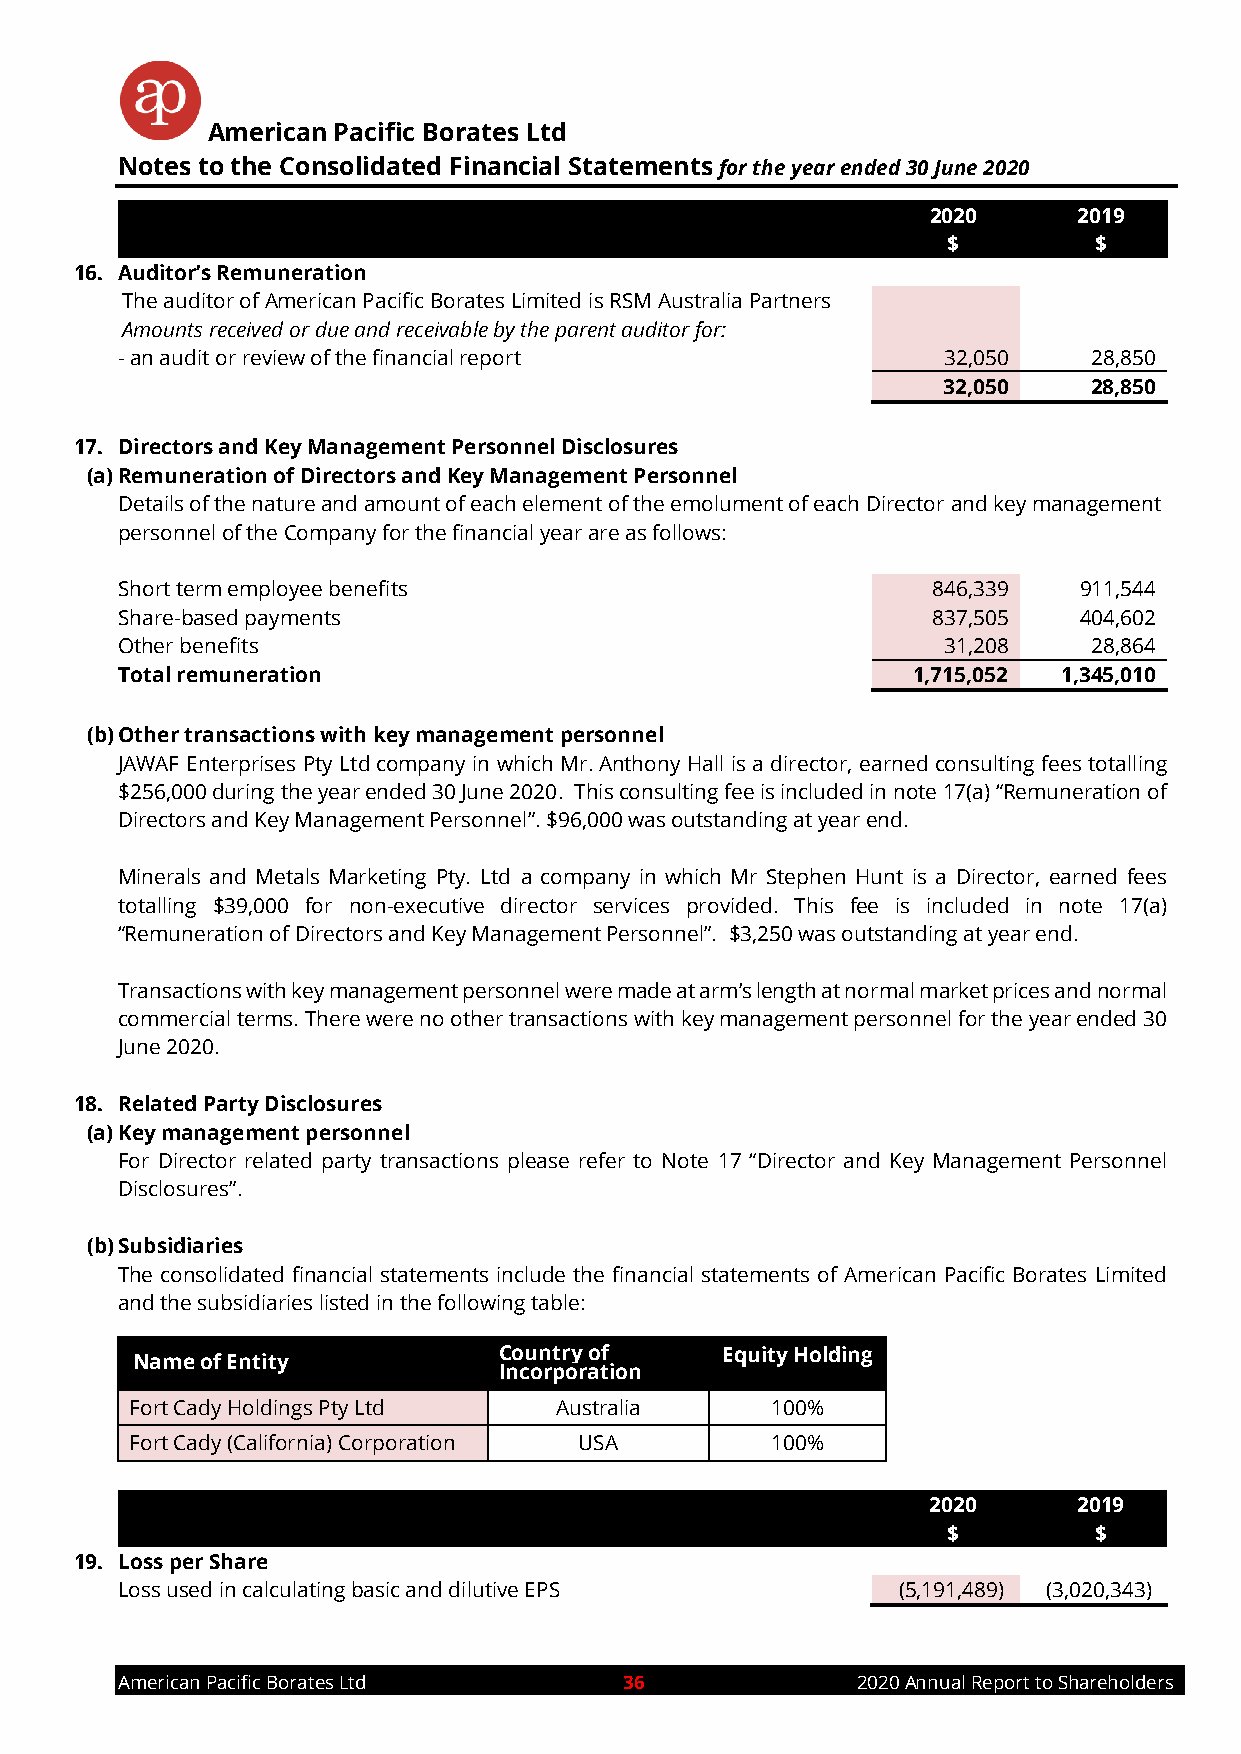
American Pacific Borates Ltd
 Notes to the Consolidated Financial Statements for the year ended 30 June 2020
 2020     2019
 $        $
 16. Auditor’s Remuneration
 The auditor of American Pacific Borates Limited is RSM Australia Partners
 Amounts received or due and receivable by the parent auditor for:
 - an audit or review of the financial report          32,050    28,850
 32,050    28,850
 17. Directors and Key Management Personnel Disclosures
 (a) Remuneration of Directors and Key Management Personnel
 Details of the nature and amount of each element of the emolument of each Director and key management
 personnel of the Company for the financial year are as follows:
 Short term employee benefits                          846,339  911,544
 Share-based payments                                  837,505  404,602
 Other benefits                                        31,208    28,864
 Total remuneration                                  1,715,052 1,345,010
 (b) Other transactions with key management personnel
 JAWAF Enterprises Pty Ltd company in which Mr. Anthony Hall is a director, earned consulting fees totalling
 $256,000 during the year ended 30 June 2020. This consulting fee is included in note 17(a) “Remuneration of
 Directors and Key Management Personnel”. $96,000 was outstanding at year end.
 Minerals and Metals Marketing Pty. Ltd a company in which Mr Stephen Hunt is a Director, earned fees
 totalling $39,000 for non-executive director services provided. This fee is included in note 17(a)
 “Remuneration of Directors and Key Management Personnel”. $3,250 was outstanding at year end.
 Transactions with key management personnel were made at arm’s length at normal market prices and normal
 commercial terms. There were no other transactions with key management personnel for the year ended 30
 June 2020.
 18. Related Party Disclosures
 (a) Key management personnel
 For Director related party transactions please refer to Note 17 “Director and Key Management Personnel
 Disclosures”.
 (b) Subsidiaries
 The consolidated financial statements include the financial statements of American Pacific Borates Limited
 and the subsidiaries listed in the following table:
 Country of     Equity Holding
 Name of Entity
 Incorporation
 Fort Cady Holdings Pty Ltd  Australia     100%
 Fort Cady (California) Corporation USA    100%
 2020     2019
 $        $
 19. Loss per Share
 Loss used in calculating basic and dilutive EPS    (5,191,489) (3,020,343)
 American Pacific Borates Ltd     36              2020 Annual Report to Shareholders